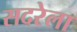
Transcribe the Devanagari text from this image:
सदरेला